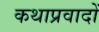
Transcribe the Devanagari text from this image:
कथाप्रवादों